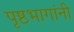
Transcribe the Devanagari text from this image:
पृष्ठभागांनी